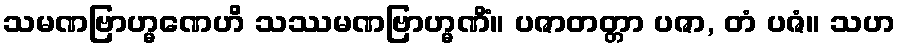
သမဏဗြာဟ္မဏေဟိ သဿမဏဗြာဟ္မဏိံ။ ပဇာတတ္တာ ပဇာ, တံ ပဇံ။ သဟ